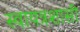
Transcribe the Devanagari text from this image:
स्वायत्रशासी